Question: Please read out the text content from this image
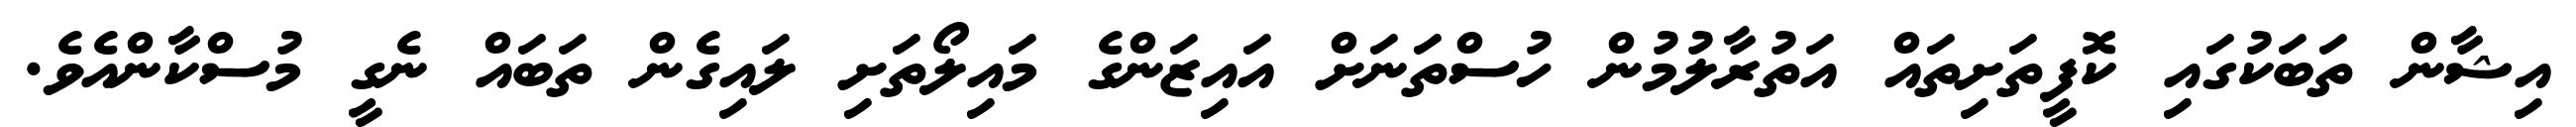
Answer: އިޝާން ތަބަކުގައި ކޮފީތަށިތައް އަތުރާލުމުން ހުސްތަނަށް އައިޒަންގެ މައިލޯތަށި ލައިގެން ތަބައް ނެގީ މުސްކާންއެވެ.